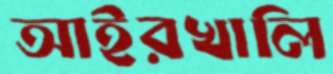
আইরখালি